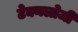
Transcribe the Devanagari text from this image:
टेक्नलोजी